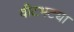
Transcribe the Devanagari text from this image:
वीटभट्या